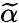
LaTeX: \widetilde{\alpha}